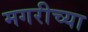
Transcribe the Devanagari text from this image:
मगरीच्या